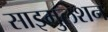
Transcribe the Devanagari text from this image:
साइमुलेशन